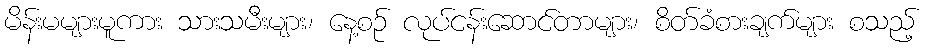
မိန်းမများမူကား သားသမီးများ၊ နေ့စဉ် လုပ်ငန်းဆောင်တာများ၊ စိတ်ခံစားချက်များ စသည့်